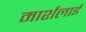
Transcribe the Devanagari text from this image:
मार्शलाई